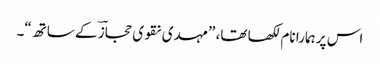
اس پر ہمارا نام لکھا تھا، ”مہدی نقوی حجازؔ کے ساتھ“۔